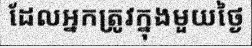
ដែលអ្នកត្រូវក្នុងមួយថ្ងៃ